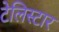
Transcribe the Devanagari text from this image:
टेलिस्टार